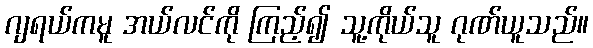
ဂျရယ်ကမူ အယ်လင်ကို ကြည့်၍ သူ့ကိုယ်သူ ဂုဏ်ယူသည်။